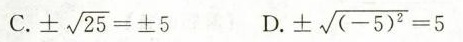
C.\pm\sqrt25=\pm5 D.\pm\sqrt{(-5)^2}=5